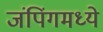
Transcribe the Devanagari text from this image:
जंपिंगमध्ये